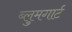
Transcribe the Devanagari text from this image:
ब्लुमगार्ट